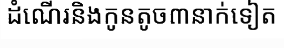
ដំណើរនិងកូនតូច៣នាក់ទៀត